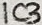
Text: IC3